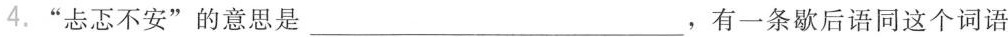
4.”忐忑不安”的意思是___，有一条歇后语同这个词语